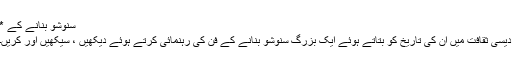
سنوشو بنانے کے *
دیسی ثقافت میں ان کی تاریخ کو بتاتے ہوئے ایک بزرگ سنوشو بنانے کے فن کی رہنمائی کرتے ہوئے دیکھیں ، سیکھیں اور کریں۔